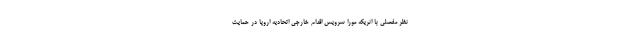
نظر مفصلی با انریکه مورا سرویس اقدام خارجی اتحادیه اروپا در حمایت